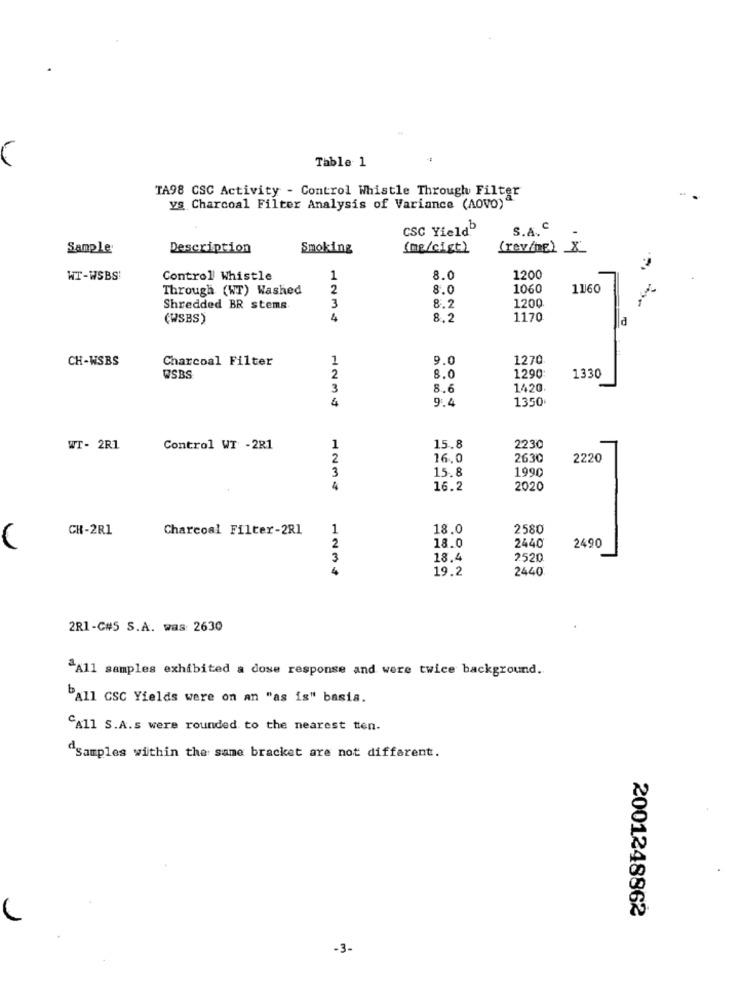
Table 1
44
TA98 CSC Activity - Control Whistle Through Filter
ys Charcoal Filter Analysis of Variance (AOVO)"
CSC Yield
S.A. C
Sample
Description
Smoking
(me/cist)
(rev/ng) 8
WT-WSBS
Control Whistle
1
8.0
1200
Through (WT) Washed
2
8.0
1060
11/60
8.7
1200
Shredded BR stems
3
(WSBS)
4
8,2
1170
d
CH-WSBS
Charcoal Filter
1
9.0
1270
2
WSBS
8.0
1290
1330
3
8.6
1420
4
9.4
1350
WT- 2R1
Control WT -2R1
1
15.8
2230
2
16.0
2630
2220
3
15.8
1990
4
16.2
2020
CH-2R1
Charcoal Filter-2R1
1
18.0
2580
2
18.0
2440
2490
3
18.4
2520
4
19.2
2440
2R1-C#5 S.A. was: 2630
^All samples exhibited a dose response and were twice background.
"All CSC Yields were on an "as is" basis.
"All S.A.s were rounded to the nearest ten.
dsamples within the same bracket are not different.
2001248862
-3-